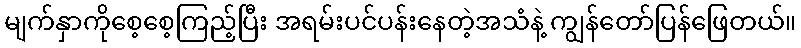
မျက်နှာကိုစေ့စေ့ကြည့်ပြီး အရမ်းပင်ပန်းနေတဲ့အသံနဲ့ ကျွန်တော်ပြန်ဖြေတယ်။